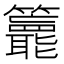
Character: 𥷵